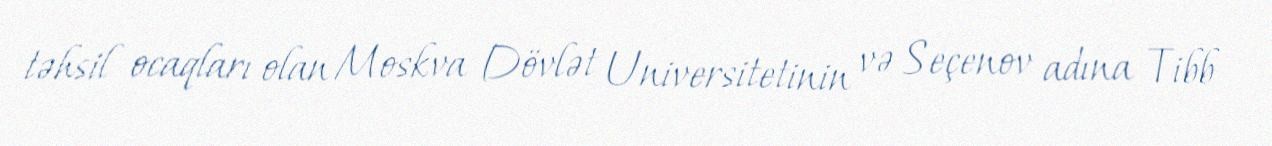
təhsil ocaqları olan Moskva Dövlət Universitetinin və Seçenov adına Tibb